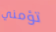
تؤمني